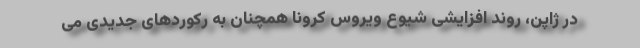
در ژاپن، روند افزایشی شیوع ویروس کرونا همچنان به رکوردهای جدیدی می